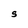
Character: S